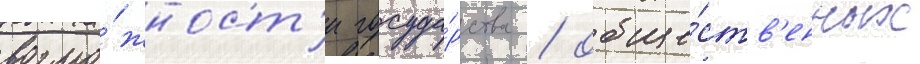
возмо́жност'и госуда́рства / обще́ств'енных